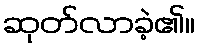
ဆုတ်လာခဲ့၏။